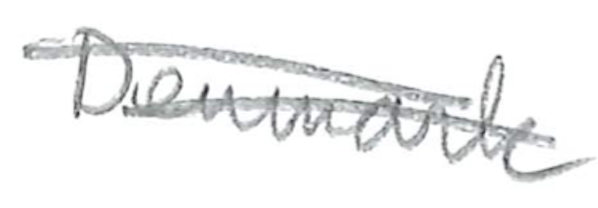
Text: in
Cross-out: double-line
Writing tool: pencil